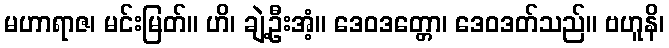
မဟာရာဇ၊ မင်းမြတ်။ ဟိ၊ ချဲ့ဦးအံ့။ ဒေဝဒတ္တော၊ ဒေဝဒတ်သည်။ ဗဟူနိ၊